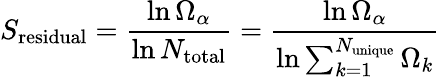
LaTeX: S_{\mathrm{residual}}=\frac{\ln{\Omega_{\alpha}}}{\ln{N_{\mathrm{total}}}}=\frac{\ln{\Omega_{\alpha}}}{\ln{\sum_{k=1}^{N_{\mathrm{unique}}}\Omega_{k}}}